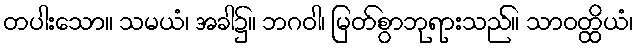
တပါးသော။ သမယံ၊ အခါ၌။ ဘဂဝါ၊ မြတ်စွာဘုရားသည်။ သာဝတ္ထိယံ၊